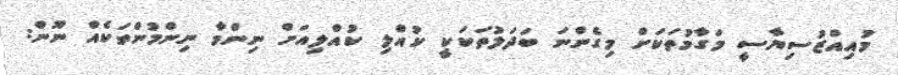
މުއިއްޒުސިޔާސީ މަގާމުތަކަށް މިގެންނަ ބަދަލުތަކަކީ ކުއްލި ކުއްލިއަށް ނިންމާ ނިންމުންތަކެއް ނޫން: